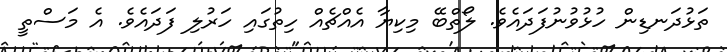
ތަޅުދަނޑިން ހުޅުވުނުފަދައެވެ. ލޯތްބޭ މިކިޔާ އެއްޗެއް ހިތުގައި ހަރުލި ފަދައެވެ. އެ މަސްތީ